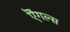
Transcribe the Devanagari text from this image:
ऎंगल्स